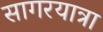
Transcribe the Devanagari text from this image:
सागरयात्रा